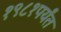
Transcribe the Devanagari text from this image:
१९८१पर्यंत